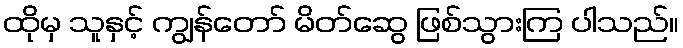
ထိုမှ သူနှင့် ကျွန်တော် မိတ်ဆွေ ဖြစ်သွားကြ ပါသည်။